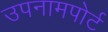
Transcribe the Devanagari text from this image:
उपनामपोर्ट